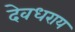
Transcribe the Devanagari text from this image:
देवधराय